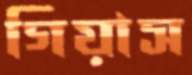
গিয়াস